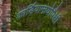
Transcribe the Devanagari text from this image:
कार्डियामायोपैथी